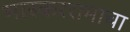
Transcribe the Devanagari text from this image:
भास्कररामाचा